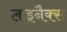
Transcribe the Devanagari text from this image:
लाइनैक्स